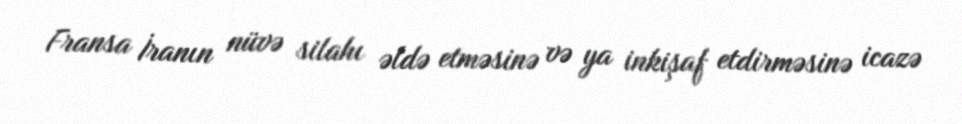
Fransa İranın nüvə silahı əldə etməsinə və ya inkişaf etdirməsinə icazə